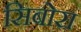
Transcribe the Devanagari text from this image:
सिबोरा